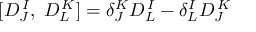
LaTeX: [ D _ { J } ^ { \, I } , \; D _ { L } ^ { \, K } ] = \delta _ { J } ^ { K } D _ { L } ^ { \, I } - \delta _ { L } ^ { I } D _ { J } ^ { \, K }